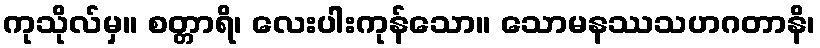
ကုသိုလ်မှ။ စတ္တာရိ၊ လေးပါးကုန်သော။ သောမနဿသဟဂတာနိ၊